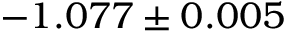
- 1 . 0 7 7 \pm 0 . 0 0 5